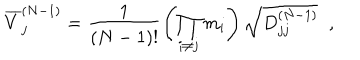
\overline { { { V } } } _ { j } ^ { ( N - 1 ) } = \frac { 1 } { ( N - 1 ) ! } \left( \prod _ { i \neq j } ^ { } m _ { i } \right) \sqrt { D _ { j j } ^ { ( N - 1 ) } } \; \; ,